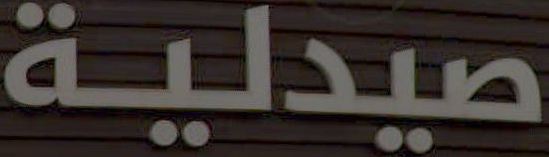
صيدلية